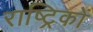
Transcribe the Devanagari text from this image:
राष्ट्रिकों